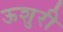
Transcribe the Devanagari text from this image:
ऊशुरी